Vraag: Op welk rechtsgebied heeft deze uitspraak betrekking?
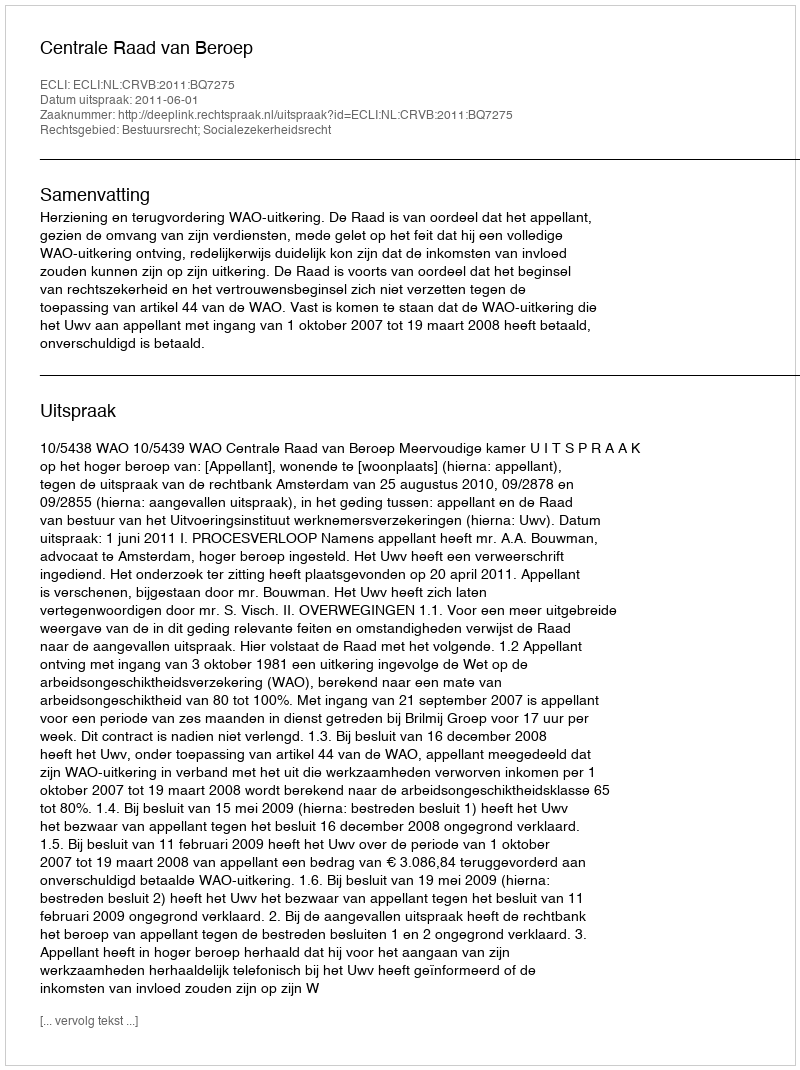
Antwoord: Bestuursrecht; Socialezekerheidsrecht